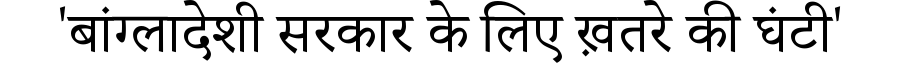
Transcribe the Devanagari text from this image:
'बांग्लादेशी सरकार के लिए ख़तरे की घंटी'